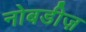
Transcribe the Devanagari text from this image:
नोबडीज़